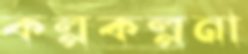
কল্পকল্পনা